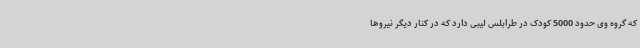
که گروه وی حدود 5000 کودک در طرابلس لیبی دارد که در کنار دیگر نیروها